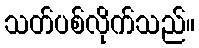
သတ်ပစ်လိုက်သည်။